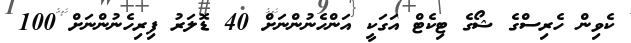
ކެވިން ހެރިސްގެ ޝޯގެ ޓިކެޓް އަގަކީ އަންހެނުންނަށް 40 ޑޮލަރު ފިރިހެނުންނަށް 100